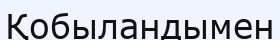
Қобыландымен